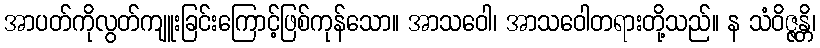
အာပတ်ကိုလွတ်ကျူးခြင်းကြောင့်ဖြစ်ကုန်သော။ အာသဝေါ၊ အာသဝေါတရားတို့သည်။ န သံဝိဇ္ဇန္တိ၊